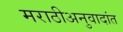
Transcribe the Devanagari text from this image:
मराठीअनुवादांत